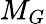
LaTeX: M_{G}